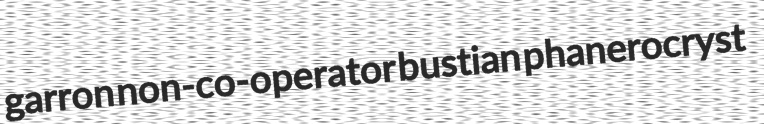
garron non-co-operator bustian phanerocryst